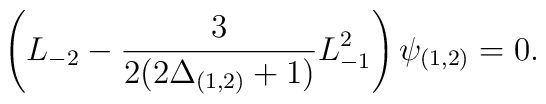
\left(L_{-2} - \frac{3}{2(2\Delta_{(1,2)} +1)} L_{-1}^{2}\right) \psi_{(1,2)} = 0.